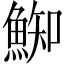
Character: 𩸴